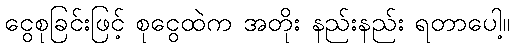
ငွေစုခြင်းဖြင့် စုငွေထဲက အတိုး နည်းနည်း ရတာပေါ့။